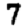
Digit: 7